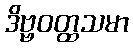
ဒိဗ္ဗဝတ္ထသမာ